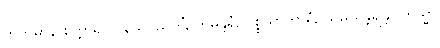
ကတမာနိ စတ္တာရိ? ဝိနယပညတ္တိံ, ဘူမန္တရံ, ပစ္စယာကာရံ, သမယန္တရန္တိ။ တသ္မာ